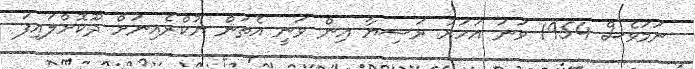
ނަމަވެސް 1954 ވަނަ އަހަރު ރަޝިޔާ އިން ވަނީ އެތަން ޔުކްރެެއިނަށް ދޫކޮށްލައިފަ